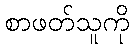
စာဖတ်သူကို